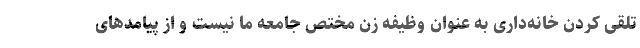
تلقی کردن خانه‌داری به عنوان وظیفه زن مختص جامعه ما نیست و از پیامدهای